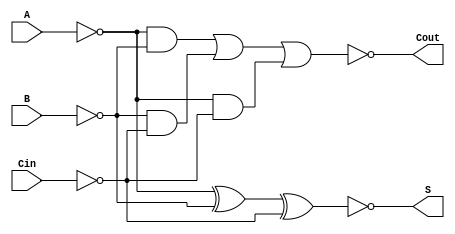
module NegativeCircuitFullAdder (
    input wire A,    // Active low input A
    input wire B,    // Active low input B
    input wire Cin,  // Active low carry-in
    output wire S,   // Active low sum output
    output wire Cout  // Active low carry-out output
);

// Internal signals for intermediate calculations
wire A_inv, B_inv, Cin_inv;
wire sum_temp, carry_temp;

// Invert the inputs to work with active low logic
assign A_inv = ~A;
assign B_inv = ~B;
assign Cin_inv = ~Cin;

// Calculate the sum using XOR logic
assign sum_temp = A_inv ^ B_inv ^ Cin_inv; // XOR operation
assign S = ~sum_temp; // Active low output for sum

// Calculate the carry-out using AND and OR logic
assign carry_temp = (A_inv & B_inv) | (B_inv & Cin_inv) | (A_inv & Cin_inv); // OR of ANDs
assign Cout = ~carry_temp; // Active low output for carry-out

endmodule